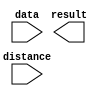
// megafunction wizard: %LPM_CLSHIFT%VBB%
// GENERATION: STANDARD
// VERSION: WM1.0
// MODULE: LPM_CLSHIFT 

// ============================================================
// Megafunction Name(s):
// 			LPM_CLSHIFT
//
// Simulation Library Files(s):
// 			
// ============================================================
// ************************************************************
// THIS IS A WIZARD-GENERATED FILE. DO NOT EDIT THIS FILE!
//
// 15.1.0 Build 185 10/21/2015 SJ Lite Edition
// ************************************************************

//Copyright (C) 1991-2015 Altera Corporation. All rights reserved.
//Your use of Altera Corporation's design tools, logic functions 
//and other software and tools, and its AMPP partner logic 
//functions, and any output files from any of the foregoing 
//(including device programming or simulation files), and any 
//associated documentation or information are expressly subject 
//to the terms and conditions of the Altera Program License 
//Subscription Agreement, the Altera Quartus Prime License Agreement,
//the Altera MegaCore Function License Agreement, or other 
//applicable license agreement, including, without limitation, 
//that your use is for the sole purpose of programming logic 
//devices manufactured by Altera and sold by Altera or its 
//authorized distributors.  Please refer to the applicable 
//agreement for further details.

module zxw_shift1 (
	data,
	distance,
	result);

	input	[15:0]  data;
	input	[3:0]  distance;
	output	[15:0]  result;

endmodule

// ============================================================
// CNX file retrieval info
// ============================================================
// Retrieval info: PRIVATE: INTENDED_DEVICE_FAMILY STRING "Cyclone V"
// Retrieval info: PRIVATE: LPM_SHIFTTYPE NUMERIC "1"
// Retrieval info: PRIVATE: LPM_WIDTH NUMERIC "16"
// Retrieval info: PRIVATE: SYNTH_WRAPPER_GEN_POSTFIX STRING "0"
// Retrieval info: PRIVATE: lpm_widthdist NUMERIC "4"
// Retrieval info: PRIVATE: lpm_widthdist_style NUMERIC "0"
// Retrieval info: PRIVATE: new_diagram STRING "1"
// Retrieval info: PRIVATE: port_direction NUMERIC "1"
// Retrieval info: LIBRARY: lpm lpm.lpm_components.all
// Retrieval info: CONSTANT: LPM_SHIFTTYPE STRING "ARITHMETIC"
// Retrieval info: CONSTANT: LPM_TYPE STRING "LPM_CLSHIFT"
// Retrieval info: CONSTANT: LPM_WIDTH NUMERIC "16"
// Retrieval info: CONSTANT: LPM_WIDTHDIST NUMERIC "4"
// Retrieval info: USED_PORT: data 0 0 16 0 INPUT NODEFVAL "data[15..0]"
// Retrieval info: USED_PORT: distance 0 0 4 0 INPUT NODEFVAL "distance[3..0]"
// Retrieval info: USED_PORT: result 0 0 16 0 OUTPUT NODEFVAL "result[15..0]"
// Retrieval info: CONNECT: @data 0 0 16 0 data 0 0 16 0
// Retrieval info: CONNECT: @direction 0 0 0 0 VCC 0 0 0 0
// Retrieval info: CONNECT: @distance 0 0 4 0 distance 0 0 4 0
// Retrieval info: CONNECT: result 0 0 16 0 @result 0 0 16 0
// Retrieval info: GEN_FILE: TYPE_NORMAL zxw_shift1.v TRUE
// Retrieval info: GEN_FILE: TYPE_NORMAL zxw_shift1.inc FALSE
// Retrieval info: GEN_FILE: TYPE_NORMAL zxw_shift1.cmp FALSE
// Retrieval info: GEN_FILE: TYPE_NORMAL zxw_shift1.bsf TRUE
// Retrieval info: GEN_FILE: TYPE_NORMAL zxw_shift1_inst.v FALSE
// Retrieval info: GEN_FILE: TYPE_NORMAL zxw_shift1_bb.v TRUE